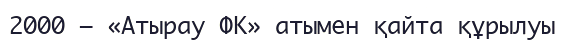
2000 — «Атырау ФК» атымен қайта құрылуы